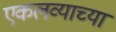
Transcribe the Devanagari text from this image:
एकलव्याच्या